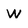
Character: w